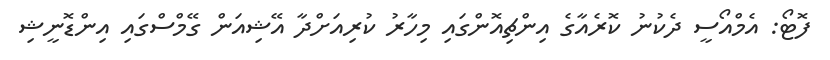
ފޮޓޯ: އެމްއޯސީ ދެކުނު ކޮރެއާގެ އިންޗިއޮންގައި މިހާރު ކުރިއަށްދާ އޭޝިއަން ގޭމްސްގައި އިންޑޮނީޝި